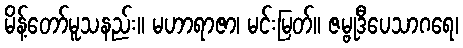
မိန့်တော်မူသနည်း။ မဟာရာဇာ၊ မင်းမြတ်။ ဇမ္ဗုဒီပေသာဂရေ၊